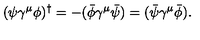
( \psi \gamma ^ { \mu } \phi ) ^ { \dagger } = - ( \bar { \phi } \gamma ^ { \mu } \bar { \psi } ) = ( \bar { \psi } \gamma ^ { \mu } \bar { \phi } ) .